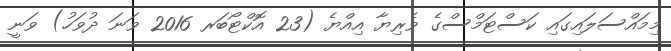
މިމައްސަލައިގައި ކަސްޓަމްސްގެ ވެރިޔާ އިއްޔެ (23 އޮކްޓޯބަރ 2016 ވަނަ ދުވަހު) ވަނީ